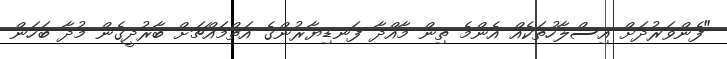
"ފެންވަރުދަށް އިސްލާހުތަކެއް އެންމެ ތިން މާއްދާ ފަނޑިޔާރުންގެ އަތްމައްޗަށް ބާރުދީގެން މުދާ ބަހަން